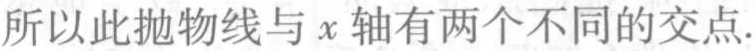
所以此抛物线与\(x\)轴有两个不同的交点.